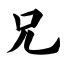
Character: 兄